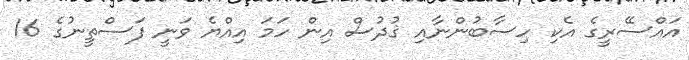
އައްސޭރީގެ އެކި ހިސާބުންނާއި ޤުދުސް އިން ހަމަ އިއްޔެ ވަނީ ފަަސްތީނުގެ 16